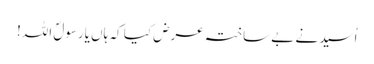
اُسید نے بے ساختہ عرض کیا کہ ہاں یارسولؐ اللہ!